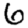
Digit: 6